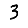
Digit: 3